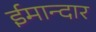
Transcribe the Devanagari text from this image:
ईमान्दार